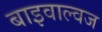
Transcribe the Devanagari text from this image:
बाइवाल्वज